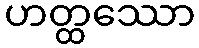
ဟတ္ထဿော